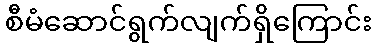
စီမံဆောင်ရွက်လျက်ရှိကြောင်း